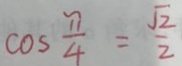
\cos \frac { \pi } { 4 } = \frac { \sqrt { 2 } } { 2 }